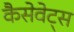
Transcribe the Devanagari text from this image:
कैसेवेट्स